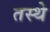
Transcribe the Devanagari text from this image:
तस्थे